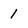
Character: 1